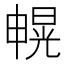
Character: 𰣐